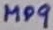
Text: MP9